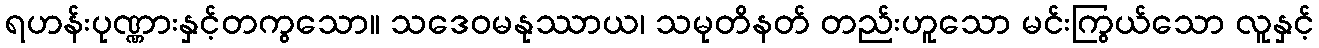
ရဟန်းပုဏ္ဏားနှင့်တကွသော။ သဒေဝမနုဿာယ၊ သမုတိနတ် တည်းဟူသော မင်းကြွယ်သော လူနှင့်